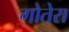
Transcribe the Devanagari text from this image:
गोतेरा